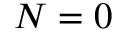
N = 0